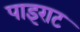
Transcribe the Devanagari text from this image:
पाइराट